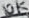
Text: 10K